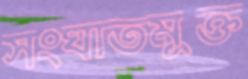
সংঘাতমুক্ত